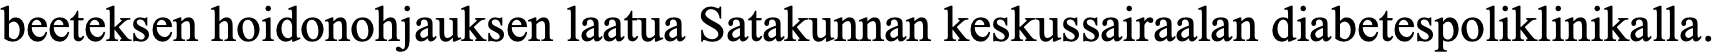
beeteksen hoidonohjauksen laatua Satakunnan keskussairaalan diabetespoliklinikalla.